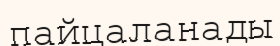
пайцаланады